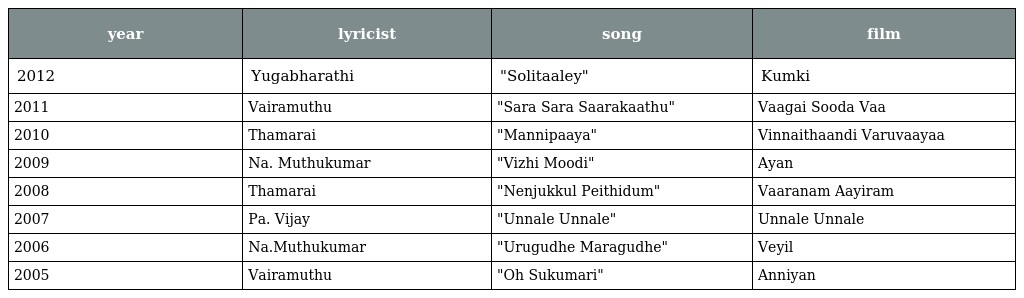
| year | lyricist | song | film |
 | --- | --- | --- | --- |
 | 2012 | Yugabharathi | "Solitaaley" | Kumki |
 | 2011 | Vairamuthu | "Sara Sara Saarakaathu" | Vaagai Sooda Vaa |
 | 2010 | Thamarai | "Mannipaaya" | Vinnaithaandi Varuvaayaa |
 | 2009 | Na. Muthukumar | "Vizhi Moodi" | Ayan |
 | 2008 | Thamarai | "Nenjukkul Peithidum" | Vaaranam Aayiram |
 | 2007 | Pa. Vijay | "Unnale Unnale" | Unnale Unnale |
 | 2006 | Na.Muthukumar | "Urugudhe Maragudhe" | Veyil |
 | 2005 | Vairamuthu | "Oh Sukumari" | Anniyan |